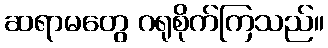
ဆရာမတွေ ဂရုစိုက်ကြသည်။